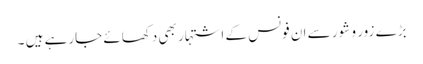
بڑے زور و شور سے ان فونس کے اشتہار بھی دکھائے جارہے ہیں ۔